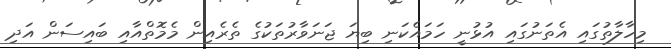
މިހާލާތުގައި އެތަނުގައި އުޅުނީ ހަމައެކަނި ބިޔަ ޖަނަވާރުތަކުގެ ތެރެއިން މެމޮތްއާއި ބައިސަން އަދި